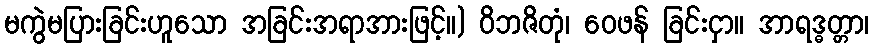
မကွဲမပြားခြင်းဟူသော အခြင်းအရာအားဖြင့်။) ဝိဘဇိတုံ၊ ဝေဖန် ခြင်းငှာ။ အာရဒ္ဓတ္တာ၊